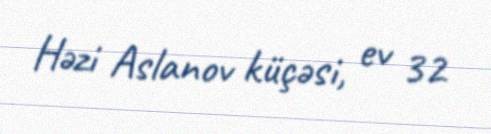
Həzi Aslanov küçəsi, ev 32